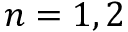
n = 1 , 2